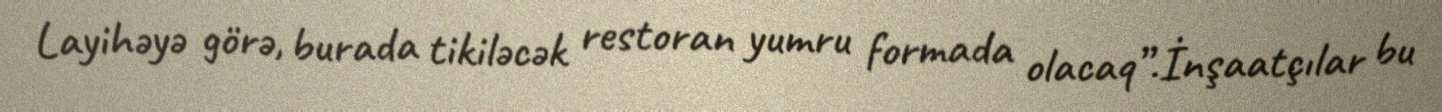
Layihəyə görə, burada tikiləcək restoran yumru formada olacaq”.İnşaatçılar bu